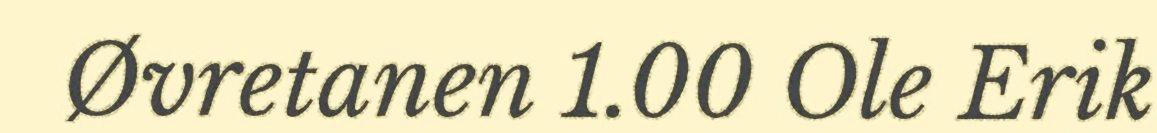
Øvretanen 1.00 Ole Erik